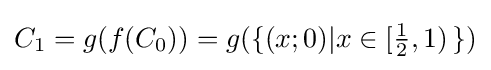
C_{1}=g(f(C_{0}))=g(\{(x;0)|x\in [{\tfrac {1}{2}},1)\,\})